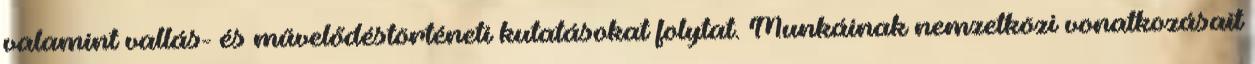
valamint vallás- és művelődéstörténeti kutatásokat folytat. Munkáinak nemzetközi vonatkozásait